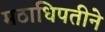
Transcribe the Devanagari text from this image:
मठाधिपतीने